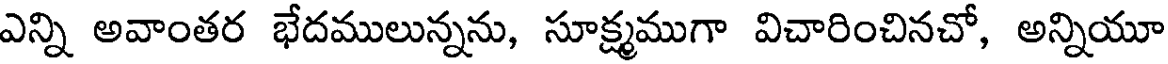
ఎన్ని అవాంతర భేదములున్నను, సూక్ష్మముగా విచారించినచో, అన్నియూ